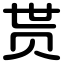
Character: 贳